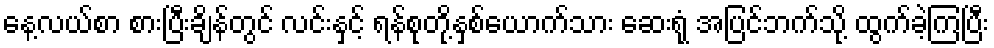
နေ့လယ်စာ စားပြီးချိန်တွင် လင်းနှင့် ရန်စုတို့နှစ်ယောက်သား ဆေးရုံ အပြင်ဘက်သို့ ထွက်ခဲ့ကြပြီး